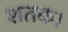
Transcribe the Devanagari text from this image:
शतक।